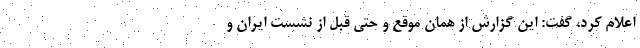
اعلام کرد، گفت:‌ این گزارش از همان موقع و حتی قبل از نشست ایران و